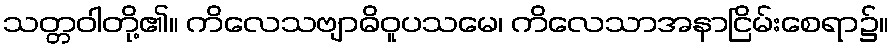
သတ္တဝါတို့၏။ ကိလေသဗျာဓိဝူပသမေ၊ ကိလေသာအနာငြိမ်းစေရာ၌။